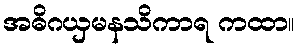
အဓိဂယှမနသိကာရ ကထာ။